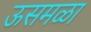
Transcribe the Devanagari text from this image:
ऊसमळा